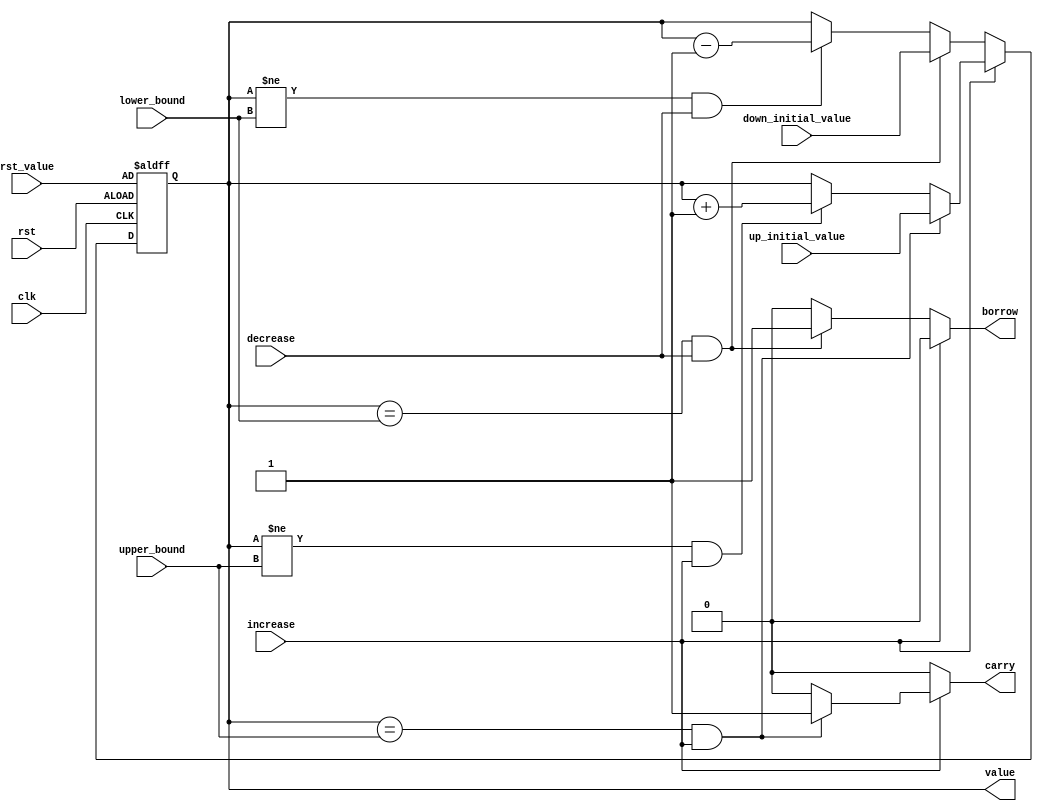
`timescale 1ns / 1ps
//////////////////////////////////////////////////////////////////////////////////
// Company: 
// Engineer: 
// 
// Design Name: 
// Module Name: songle_digit_counter
// Project Name: 
// Target Devices: 
// Tool Versions: 
// Description: 
// 
// Dependencies: 
// 
// Revision:
// Revision 0.01 - File Created
// Additional Comments:
// 
//////////////////////////////////////////////////////////////////////////////////

`define enabled 1'b1
`define disabled 1'b0

module songle_digit_counter(clk, rst, increase, decrease, upper_bound, lower_bound, up_initial_value, down_initial_value, rst_value, carry, borrow, value);
    input clk, rst, increase, decrease;
    input [3:0] upper_bound;
    input [3:0] lower_bound;
    input [3:0] up_initial_value;
    input [3:0] down_initial_value;
    input [3:0] rst_value;
    output carry, borrow;
    output [3:0] value;
    
    reg [3:0] value_temp;
    reg [3:0] value;
    reg carry, borrow;
    
    always @* begin
        if(increase == 1'b1) begin
            if((value == upper_bound) && increase) begin
                value_temp = up_initial_value;
                carry = `enabled;
                borrow = `disabled;
            end
            else if((value != upper_bound) && increase) begin
                value_temp = value + 1'b1;
                carry = `disabled;
                borrow = `disabled;
            end
            else begin
                value_temp = value;
                carry = `disabled;
                borrow = `disabled;
            end
        end
        
        else begin            
            if(value == lower_bound && decrease) begin
                value_temp = down_initial_value;
                borrow = `enabled;
                carry = `disabled;
            end
            else if(value != lower_bound && decrease) begin
                value_temp = value - 1'b1;
                borrow = `disabled;
                carry = `disabled;
            end
            else begin
                value_temp = value;
                borrow = `disabled;
                carry = `disabled;
            end
        end
    end
    
    always @(posedge clk or negedge rst) begin
        if(~rst)
            value <= rst_value;
        else
            value <= value_temp;
    end
    
endmodule